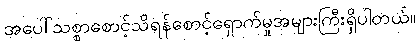
အပေါ်သစ္စာစောင့်သိရန်စောင့်ရှောက်မှုအများကြီးရှိပါတယ်။